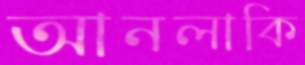
আনলাকি